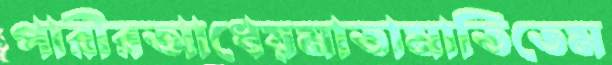
পারীরআধেয়মাতামাতিতেম